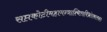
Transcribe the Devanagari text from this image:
सप्तकोटीमहामन्त्राश्चित्तविभ्रंशकारकाः